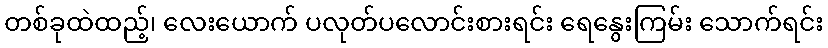
တစ်ခုထဲထည့်၊ လေးယောက် ပလုတ်ပလောင်းစားရင်း ရေနွေးကြမ်း သောက်ရင်း